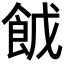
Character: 𮨹